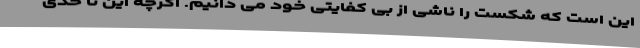
این است که شکست را ناشی از بی کفایتی خود می دانیم. اگرچه این تا حدی